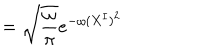
LaTeX: = \sqrt { \frac { \omega } { \pi } } e ^ { - \omega ( X ^ { I } ) ^ { 2 } }